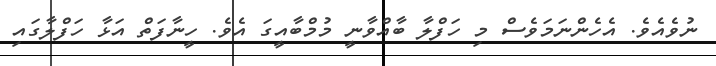
ނުވެއެވެ. އެހެންނަމަވެސް މި ހަފްލާ ބާއްވާނީ މުމްބާއީގަ އެވެ. ހީނާފަތް އަޅާ ހަފްލާގައި